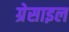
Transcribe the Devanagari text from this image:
ग्रेसाइल